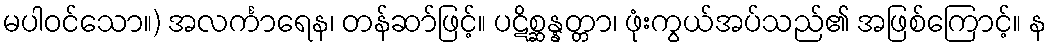
မပါဝင်သော။) အလင်္ကာရေန၊ တန်ဆာ်ဖြင့်။ ပဋိစ္ဆန္နတ္တာ၊ ဖုံးကွယ်အပ်သည်၏ အဖြစ်ကြောင့်။ န